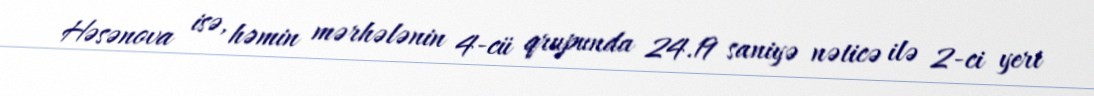
Həsənova isə, həmin mərhələnin 4-cü qrupunda 24.19 saniyə nəticə ilə 2-ci yeri